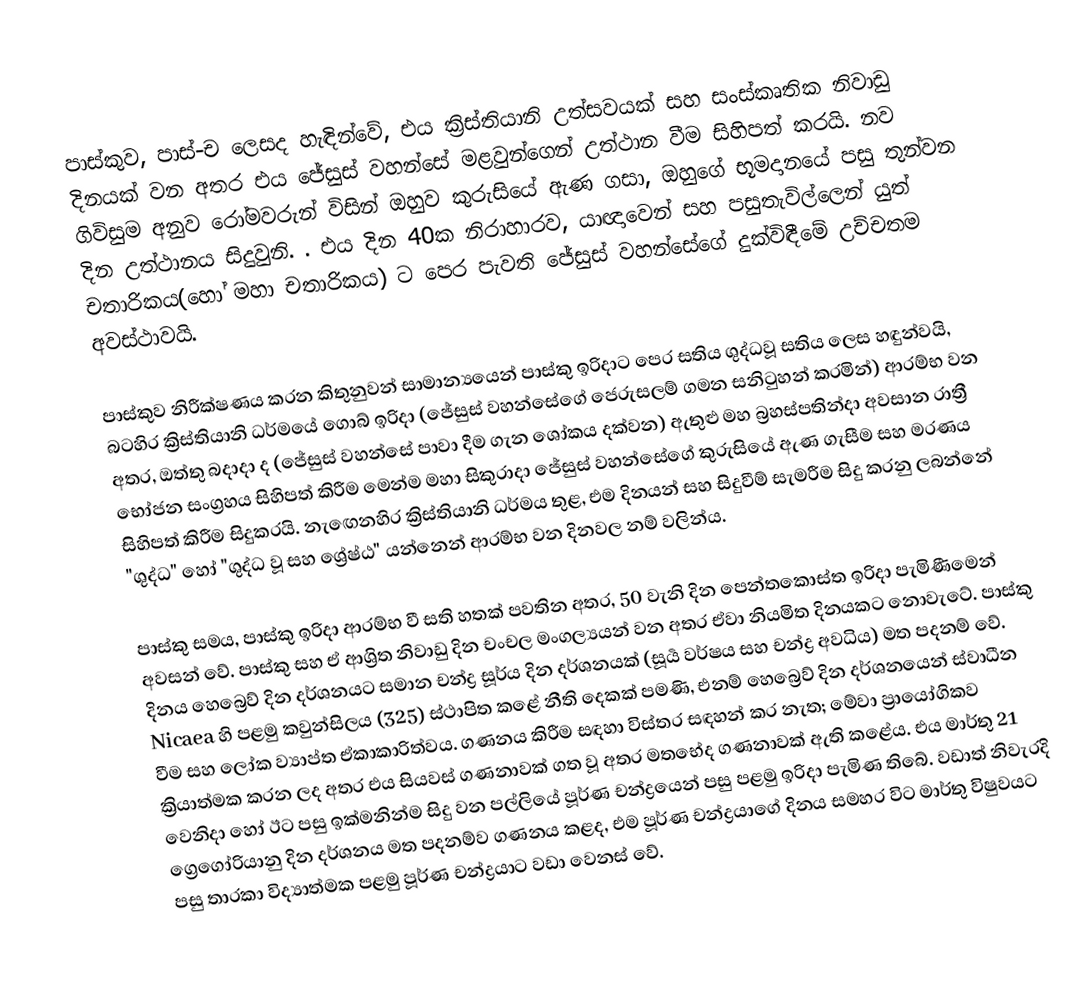
පාස්කුව, පාස්-ච ලෙසද හැඳින්වේ, එය ක්‍රිස්තියානි උත්සවයක් සහ සංස්කෘතික නිවාඩු දිනයක් වන අතර එය ජේසුස් වහන්සේ මළවුන්ගෙන් උත්ථාන වීම සිහිපත් කරයි. නව ගිවිසුම අනුව රෝමවරුන් විසින් ඔහුව කුරුසියේ ඇණ ගසා, ඔහුගේ භූමදානයේ පසු තුන්වන දින උත්ථානය සිදුවුනි. . එය දින 40ක නිරාහාරව, යාඥාවෙන් සහ පසුතැවිල්ලෙන් යුත් චතාරිකය(හෝ මහා චතාරිකය) ට පෙර පැවති ජේසුස් වහන්සේගේ දුක්විඳීමේ උච්චතම අවස්ථාවයි.

පාස්කුව නිරීක්ෂණය කරන කිතුනුවන් සාමාන්‍යයෙන් පාස්කු ඉරිදාට පෙර සතිය ශුද්ධවූ සතිය ලෙස හඳුන්වයි, බටහිර ක්‍රිස්තියානි ධර්මයේ ගොබ් ඉරිදා (ජේසුස් වහන්සේගේ ජෙරුසලම් ගමන සනිටුහන් කරමින්) ආරම්භ වන අතර, ඔත්තු බදාදා ද (ජේසුස් වහන්සේ පාවා දීම ගැන ශෝකය දක්වන) ඇතුළු මහ බ්‍රහස්පතින්දා අවසාන රාත්‍රී භෝජන සංග්‍රහය සිහිපත් කිරීම මෙන්ම මහා සිකුරාදා ජේසුස් වහන්සේගේ කුරුසියේ ඇණ ගැසීම සහ මරණය සිහිපත් කිරීම සිදුකරයි. නැඟෙනහිර ක්‍රිස්තියානි ධර්මය තුළ, එම දිනයන් සහ සිදුවීම් සැමරීම සිදු කරනු ලබන්නේ "ශුද්ධ" හෝ "ශුද්ධ වූ සහ ශ්‍රේෂ්ඨ" යන්නෙන් ආරම්භ වන දිනවල නම් වලින්ය.

පාස්කු සමය, පාස්කු ඉරිදා ආරම්භ වී සති හතක් පවතින අතර, 50 වැනි දින පෙන්තකොස්ත ඉරිදා පැමිණීමෙන් අවසන් වේ. පාස්කු සහ ඒ ආශ්‍රිත නිවාඩු දින චංචල මංගල්‍යයන් වන අතර ඒවා නියමිත දිනයකට නොවැටේ. පාස්කු දිනය හෙබ්‍රෙව් දින දර්ශනයට සමාන චන්ද්‍ර සූර්ය දින දර්ශනයක් (සූර්‍ය වර්ෂය සහ චන්ද්‍ර අවධිය) මත පදනම් වේ. Nicaea හි පළමු කවුන්සිලය (325) ස්ථාපිත කළේ නීති දෙකක් පමණි, එනම් හෙබ්‍රෙව් දින දර්ශනයෙන් ස්වාධීන වීම සහ ලෝක ව්‍යාප්ත ඒකාකාරිත්වය. ගණනය කිරීම සඳහා විස්තර සඳහන් කර නැත; මේවා ප්‍රායෝගිකව ක්‍රියාත්මක කරන ලද අතර එය සියවස් ගණනාවක් ගත වූ අතර මතභේද ගණනාවක් ඇති කළේය. එය මාර්තු 21 වෙනිදා හෝ ඊට පසු ඉක්මනින්ම සිදු වන පල්ලියේ පූර්ණ චන්ද්‍රයෙන් පසු පළමු ඉරිදා පැමිණ තිබේ. වඩාත් නිවැරදි ග්‍රෙගෝරියානු දින දර්ශනය මත පදනම්ව ගණනය කළද, එම පූර්ණ චන්ද්‍රයාගේ දිනය සමහර විට මාර්තු විෂුවයට පසු තාරකා විද්‍යාත්මක පළමු පූර්ණ චන්ද්‍රයාට වඩා වෙනස් වේ.